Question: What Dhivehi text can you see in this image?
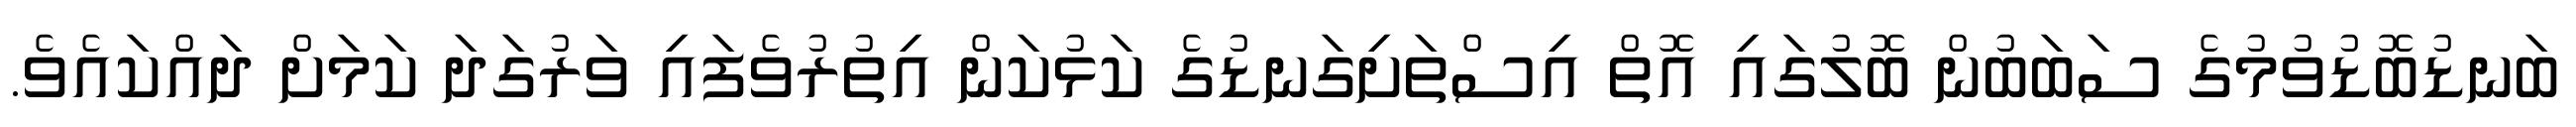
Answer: ބަނޑުބޮޑުވުމުގެ ސަބަބުން ބޮލުގައި އޮތް އިސްތަށިގަނޑުގެ ކަޅުކަން އިތުރުވެފައި ވަރުގަދަ ކަމަށް ދައްކައެވެ.